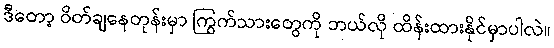
ဒီတော့ ဝိတ်ချနေတုန်းမှာ ကြွက်သားတွေကို ဘယ်လို ထိန်းထားနိုင်မှာပါလဲ။